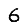
Digit: 6